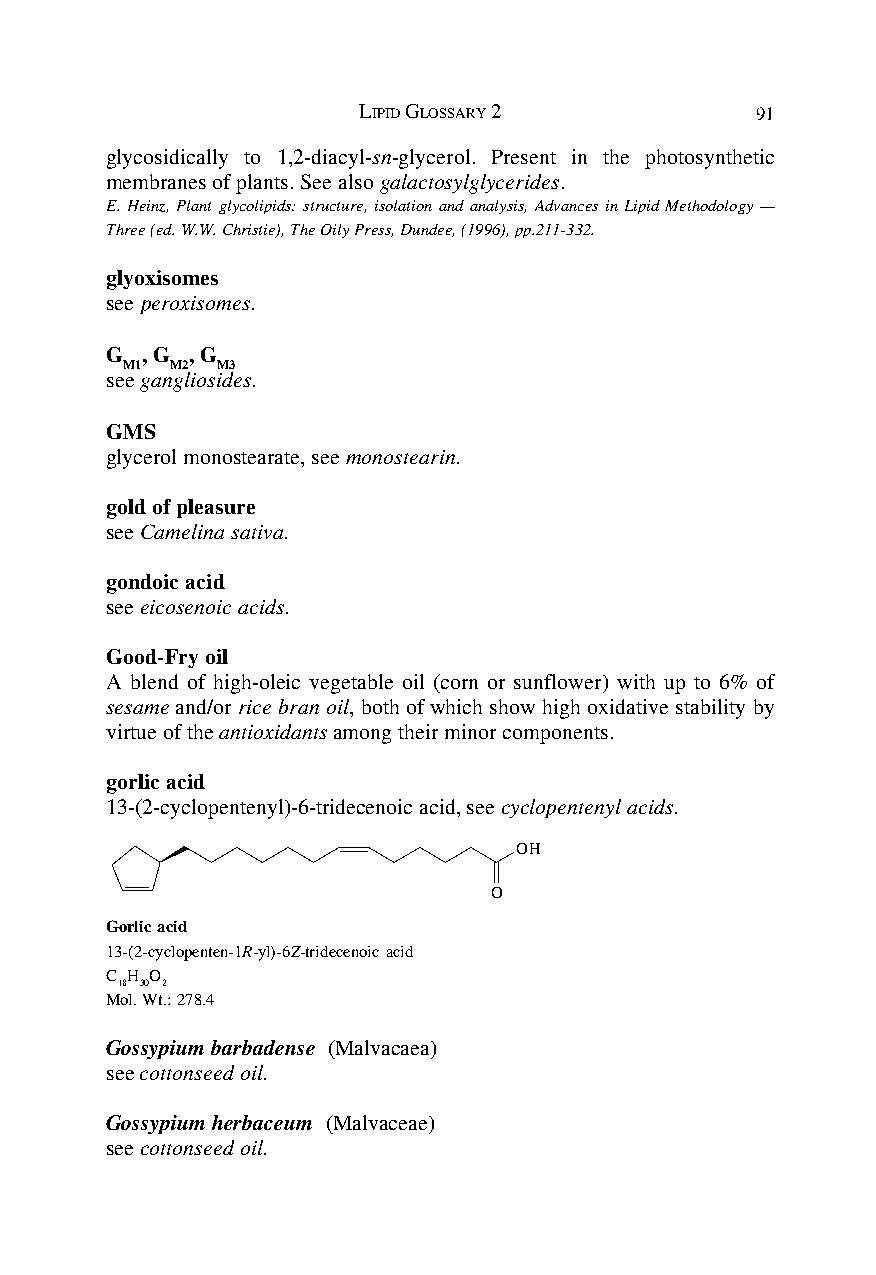
LIPID GLOSSARY 2          91
 glycosidically to 1,2-diacyl-sn-glycerol. Present in the photosynthetic
 membranes of plants. See also galactosylglycerides.
 E. Heinz, Plant glycolipids: structure, isolation and analysis, Advances in Lipid Methodology —
 Three (ed. W.W. Christie), The Oily Press, Dundee, (1996), pp.211-332.
 glyoxisomes
 see peroxisomes.
 G , G , G
 M1 M2 M3
 see gangliosides.
 GMS
 glycerol monostearate, see monostearin.
 gold of pleasure
 see Camelina sativa.
 gondoic acid
 see eicosenoic acids.
 Good-Fry oil
 A blend of high-oleic vegetable oil (corn or sunflower) with up to 6% of
 sesame and/or rice bran oil, both of which show high oxidative stability by
 virtue of the antioxidants among their minor components.
 gorlic acid
 13-(2-cyclopentenyl)-6-tridecenoic acid, see cyclopentenyl acids.
 OH
 O
 Gorlic acid
 13-(2-cyclopenten-1R-yl)-6Z-tridecenoic acid
 C H O
 18 30 2
 Mol. Wt.: 278.4
 Gossypium barbadense (Malvacaea)
 see cottonseed oil.
 Gossypium herbaceum (Malvaceae)
 see cottonseed oil.